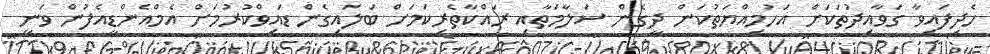
ހެދިފައިވާ ގަވާއިދުތަކަށް އަހުމިއްޔަތުކަން ދީގެން ސަލާމަތާއި ރައްކާތެރިކަމަށް ބަލައިގެން ޑައިވްކުރުމަށް އެމްއެންޑީއެފުން ވަނީ